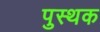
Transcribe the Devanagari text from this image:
पुस्थक